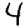
Digit: 4